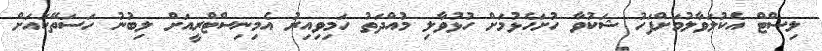
ލިސްޓް އެކުލަވާލުމަށްފަހު ޝަކުވާ ހުށަހެޅުމަށް ހުޅުވާލި މުއްދަތު ހަމިވިއިރު އެމިނިސްޓްރީއަށް ލިބުނު ހަސަތޭކައަށް